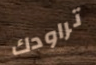
تراودك